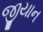
જીયાન